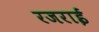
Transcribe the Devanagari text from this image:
रजराई